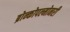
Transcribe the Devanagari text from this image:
ब्रोन्कोपल्मोनरी